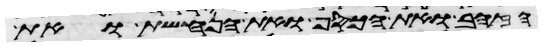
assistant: הזהב ואת הכסף ואת הנחשת ואת